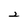
Character: 2